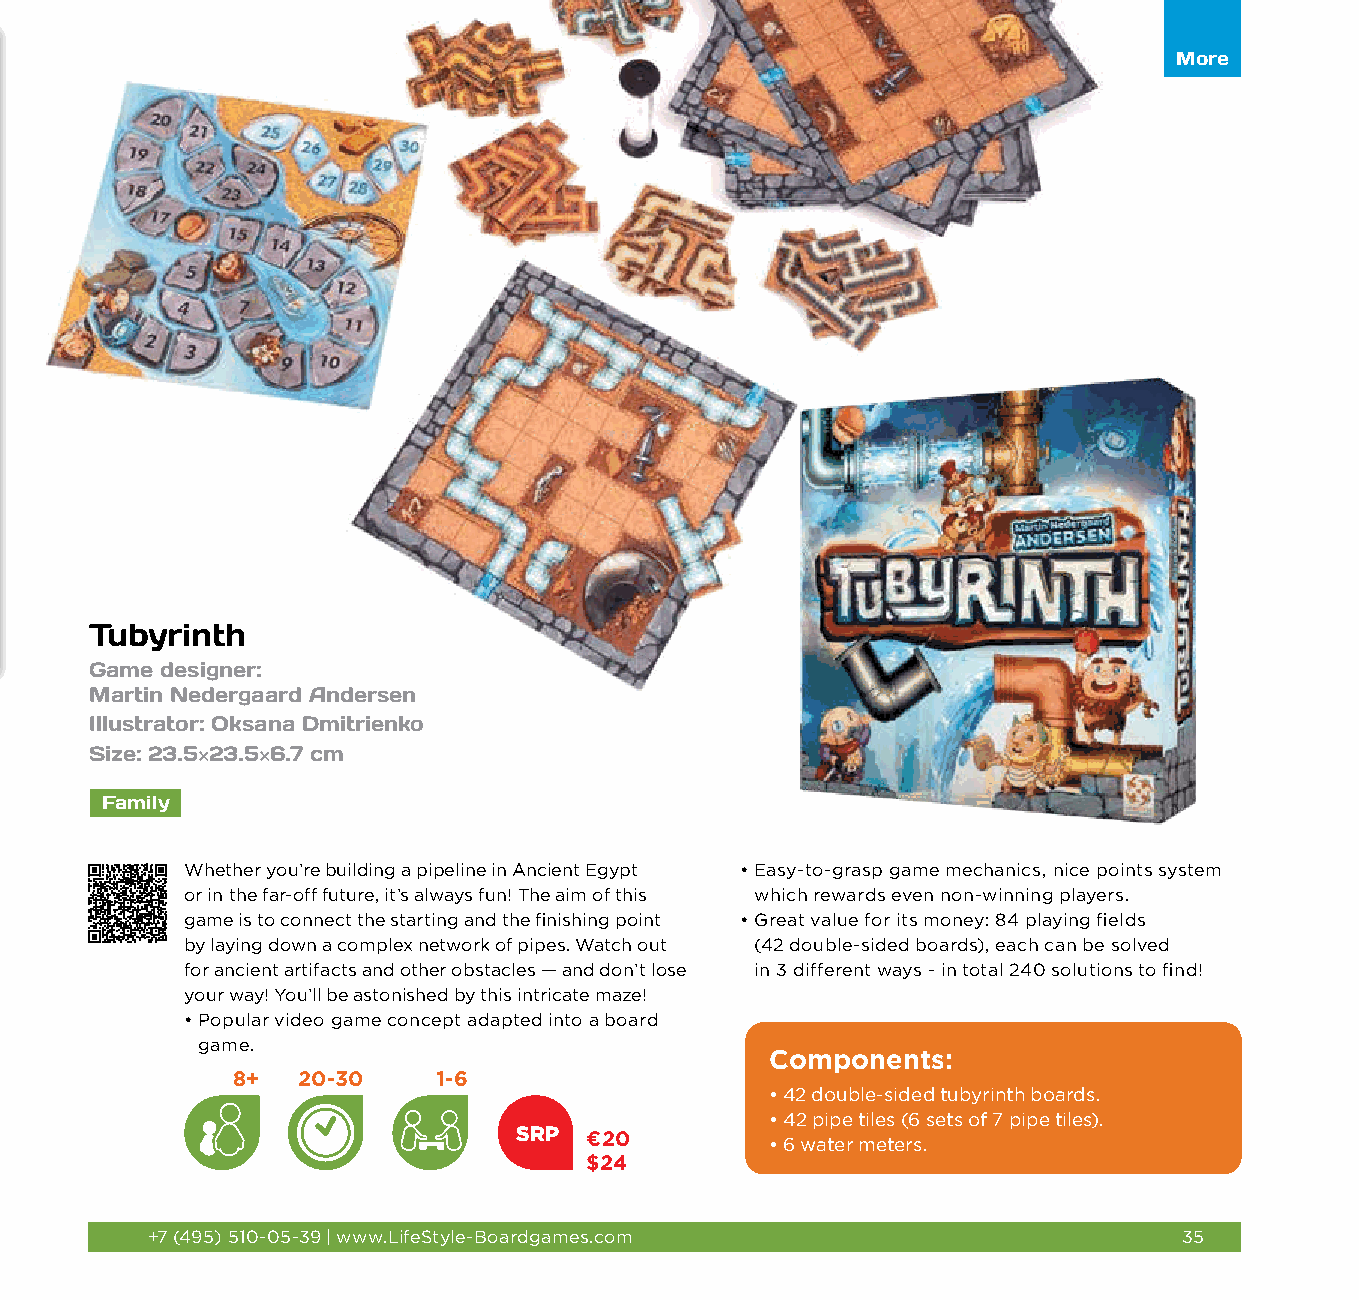
More More
 Tubyrinth
 Game designer:
 Martin Nedergaard Andersen
 Illustrator: Oksana Dmitrienko
 Size: 23.5×23.5×6.7 cm
 Family
 Whether you’re building a pipeline in Ancient Egypt • Easy-to-grasp game mechanics, nice points system
 or in the far-off future, it’s always fun! The aim of this which rewards even non-winning players.
 game is to connect the starting and the finishing point • Great value for its money: 84 playing fields
 by laying down a complex network of pipes. Watch out (42 double-sided boards), each can be solved
 for ancient artifacts and other obstacles — and don’t lose in 3 different ways - in total 240 solutions to find!
 your way! You’ll be astonished by this intricate maze!
 • Popular video game concept adapted into a board
 game.
 Components:
 8+   20-30    1-6
 • 42 double-sided tubyrinth boards.
 • 4 2 pipe tiles (6 sets of 7 pipe tiles).
 SRP  €20
 • 6 water meters.
 $24
 +7 (495) 510-05-39 | www.LifeStyle-Boardgames.com                   35